65_HS1-834228961_62-HQ-83894_Section_4
Agency: FBI
Page 118
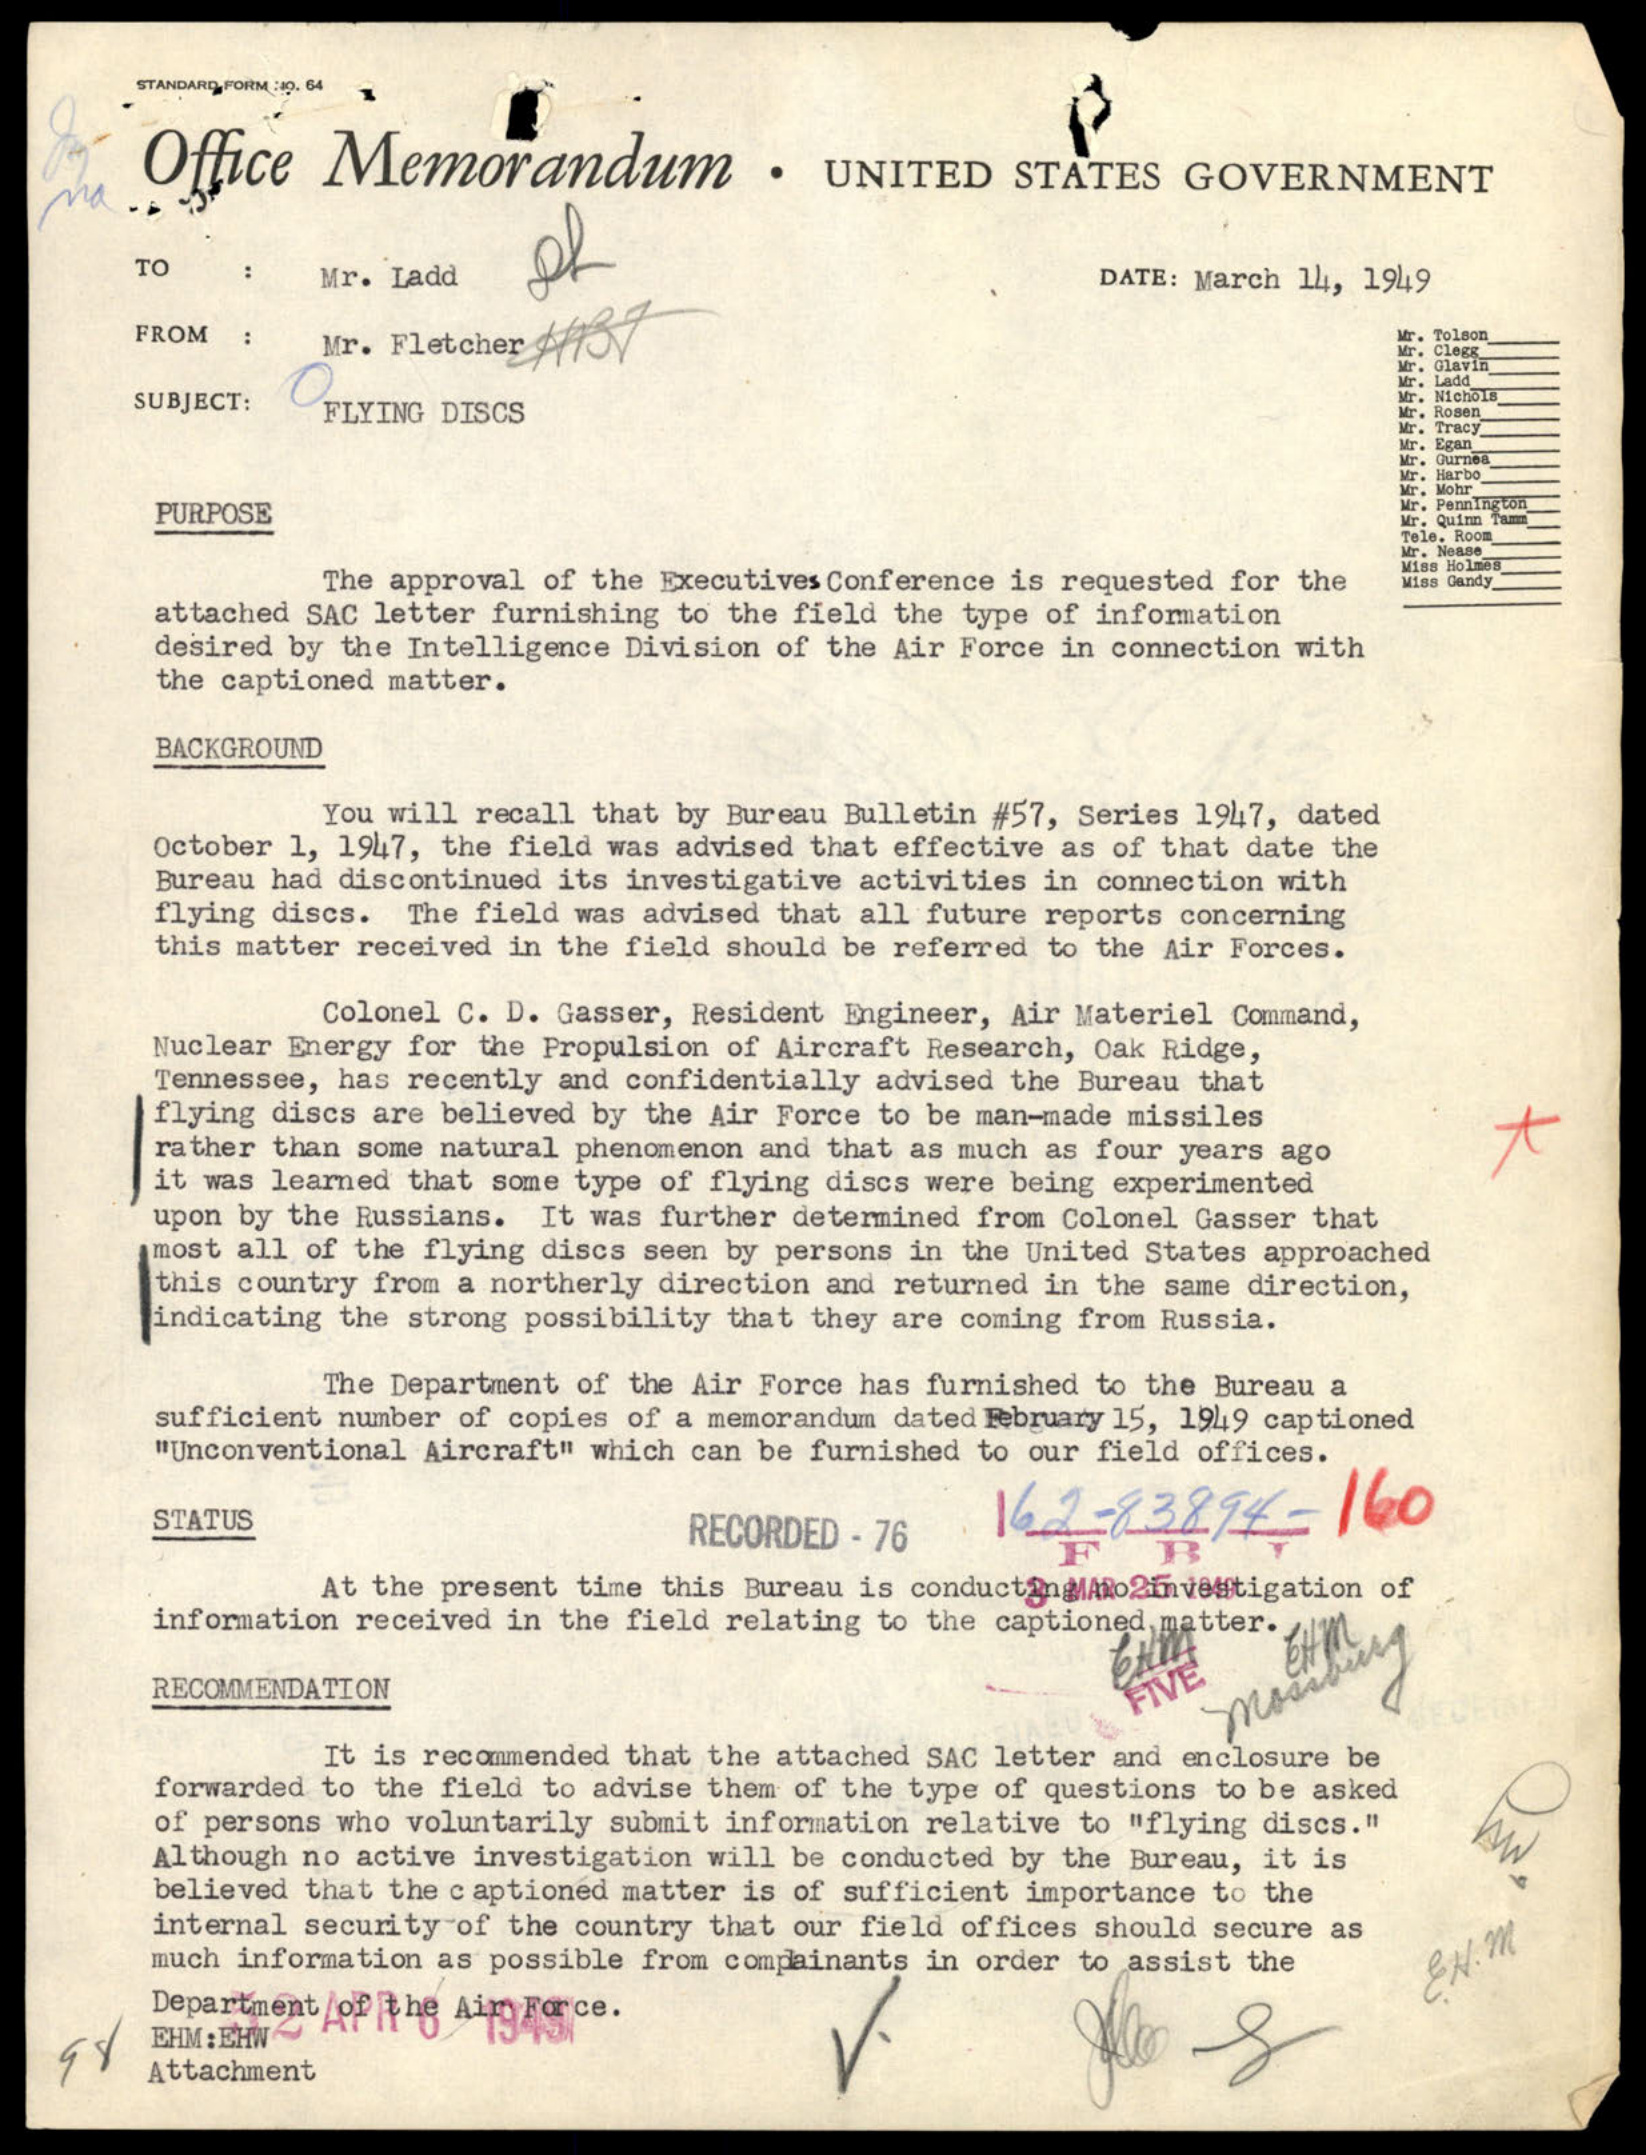